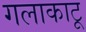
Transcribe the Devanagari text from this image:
गलाकाटू